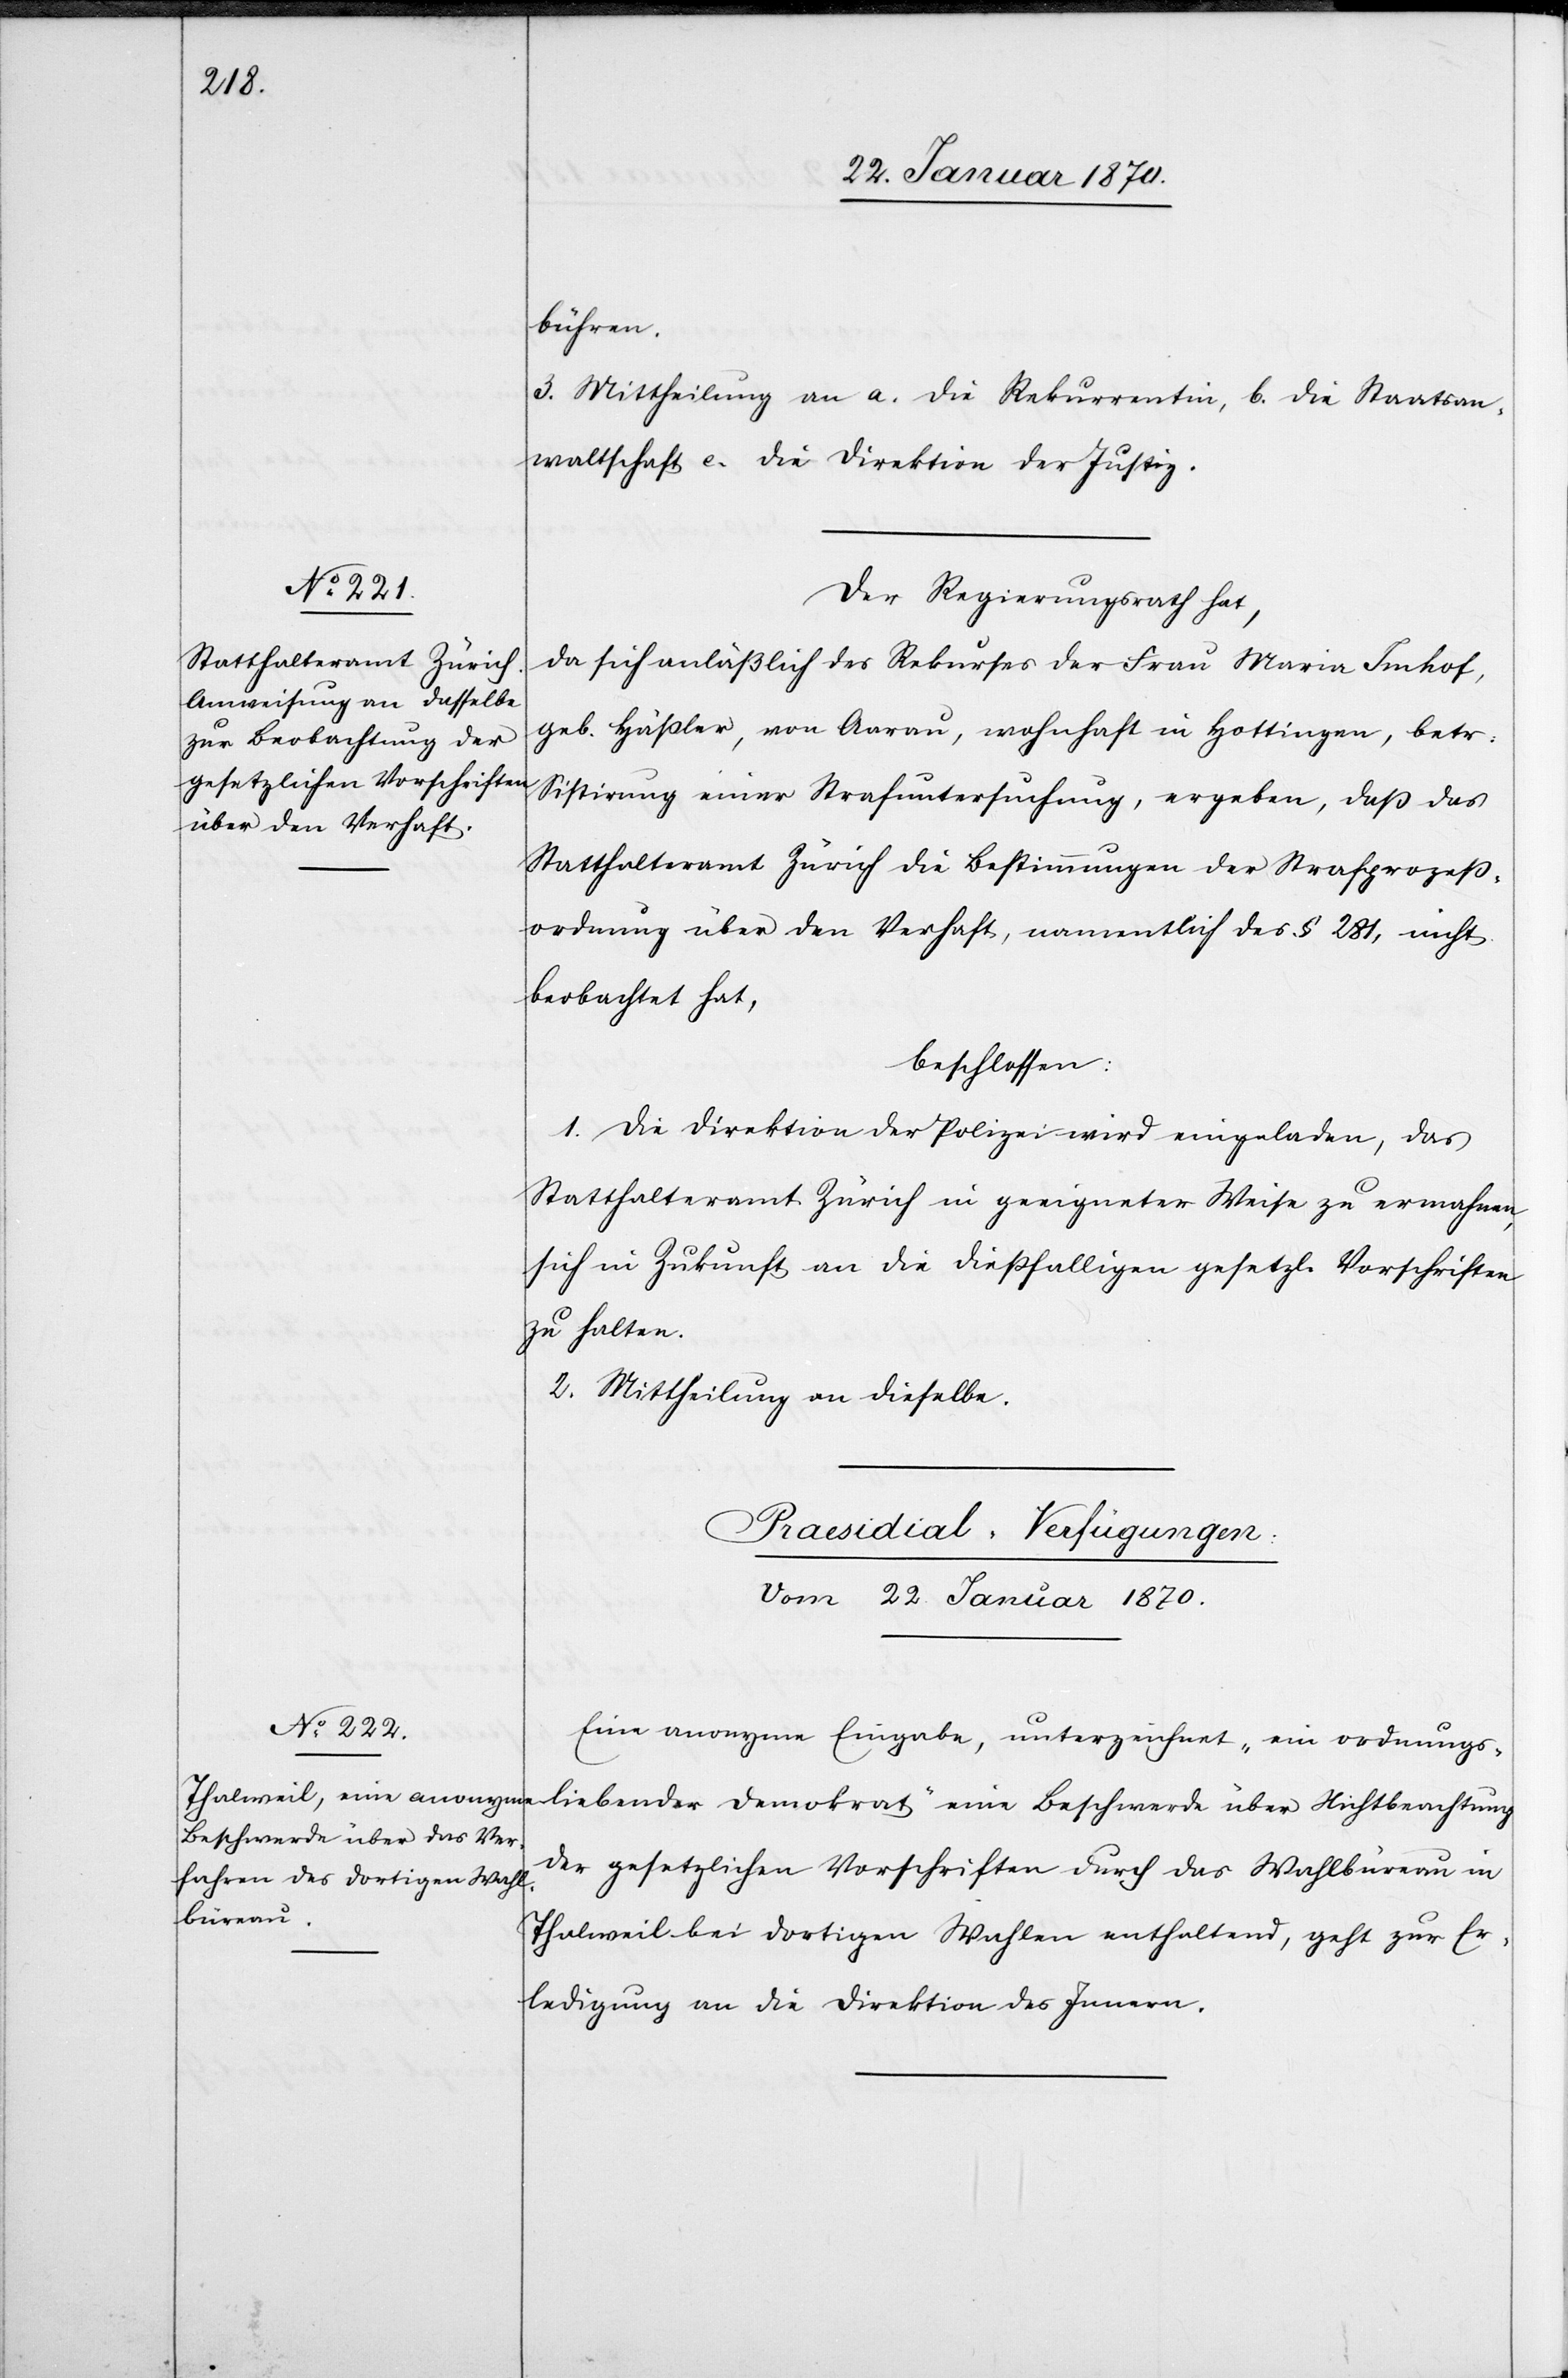
Beschwerde
3. Mittheilung an a. die Rekurrentin, b. die Staatsan¬
waltschaft[,] c. die Direktion der Justiz.
Der Regierungsrath hat,
da sich anläßlich des Rekurses der Frau Maria Imhof,
geb. Häßler, von Aarau, wohnhaft in Hottingen, betr.
Sistirung einer Strafuntersuchung, ergeben, daß das
Statthalteramt Zürich die Bestimmungen der Strafprozeß¬
ordnung über den Verhaft, namentlich des § 281, nicht
beobachtet hat,
beschlossen:
1. Die Direktion der Polizei wird eingeladen, das
Statthalteramt Zürich in geeigneter Weise zu ermahnen,
sich in Zukunft an die dießfälligen gesetzl. Vorschriften
zu halten.
2. Mittheilung an dieselbe.
Praesidial-Verfügungen:
Vom 22. Januar 1870.
Eine anonyme Eingabe, unterzeichnet „ein ordnungs¬
der gesetzlichen Vorschriften durch das Wahlbüreau in
Thalweil bei dortigen Wahlen enthaltend, geht zur Er¬
ledigung an die Direktion des Innern.